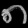
Digit: ၈